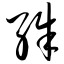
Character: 殊